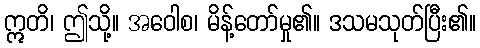
ဣတိ၊ ဤသို့။ အဝေါစ၊ မိန့်တော်မှု၏။ ဒသမသုတ်ပြီး၏။